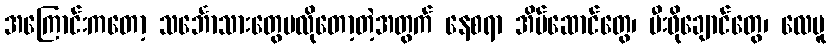
အကြောင်းကတော့ သင်္ဘောသားတွေမလိုတော့တဲ့အတွက် နေစရာ အိပ်ဆောင်တွေ၊ မီးဖိုချောင်တွေ၊ လေပူ